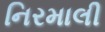
નિરમાલી